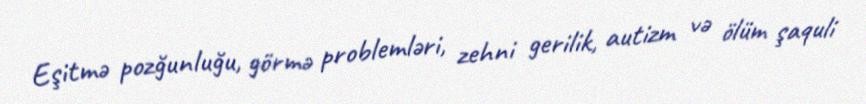
Eşitmə pozğunluğu, görmə problemləri, zehni gerilik, autizm və ölüm şaquli